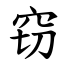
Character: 窃